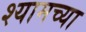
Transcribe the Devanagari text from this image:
श्यामच्या